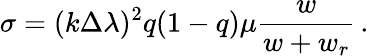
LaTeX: \sigma=(k\Delta\lambda)^{2}q(1-q)\mu\frac{w}{w+w_{r}}\, .